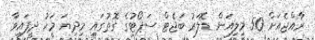
ރާއްޖެއަށް 50 މިލިއަން ޑޮލަރު ބަޖެޓް ސަޕޯޓުގެ ގޮތުގައި މިދިޔަ މަހު ދީފައިވާ